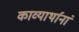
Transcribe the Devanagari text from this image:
काव्यार्थानां